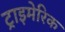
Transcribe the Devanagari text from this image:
ट्राइमेरिक